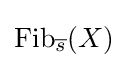
{\text{Fib}}_{\overline {s}}(X)